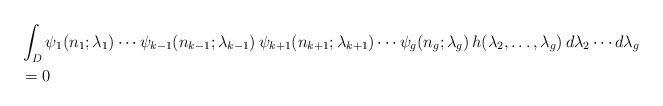
LaTeX: \begin{align*}&\int_D \psi_1(n_1; \lambda_1) \cdots \psi_{k-1}(n_{k-1}; \lambda_{k-1}) \, \psi_{k+1}(n_{k+1}; \lambda_{k+1}) \cdots \psi_g(n_g; \lambda_g)\, h(\lambda_2, \dots, \lambda_g) \, d\lambda_2 \cdots d\lambda_g\\& = 0\end{align*}